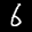
Label: 6